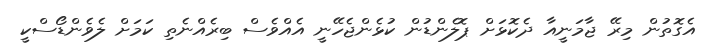
އެގޮތުން މިރޭ ޖާމަނީއާ ދެކޮޅަށް ޕޮލެންޑުން ކުޅެންޖެހޭނީ އެއްވެސް ބިރެއްނެތި ކަމަށް ލެވެންޑޯސްކީ